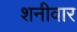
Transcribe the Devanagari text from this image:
शनीवार